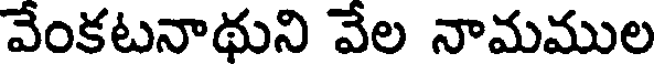
వేంకటనాథుని వేల నామముల